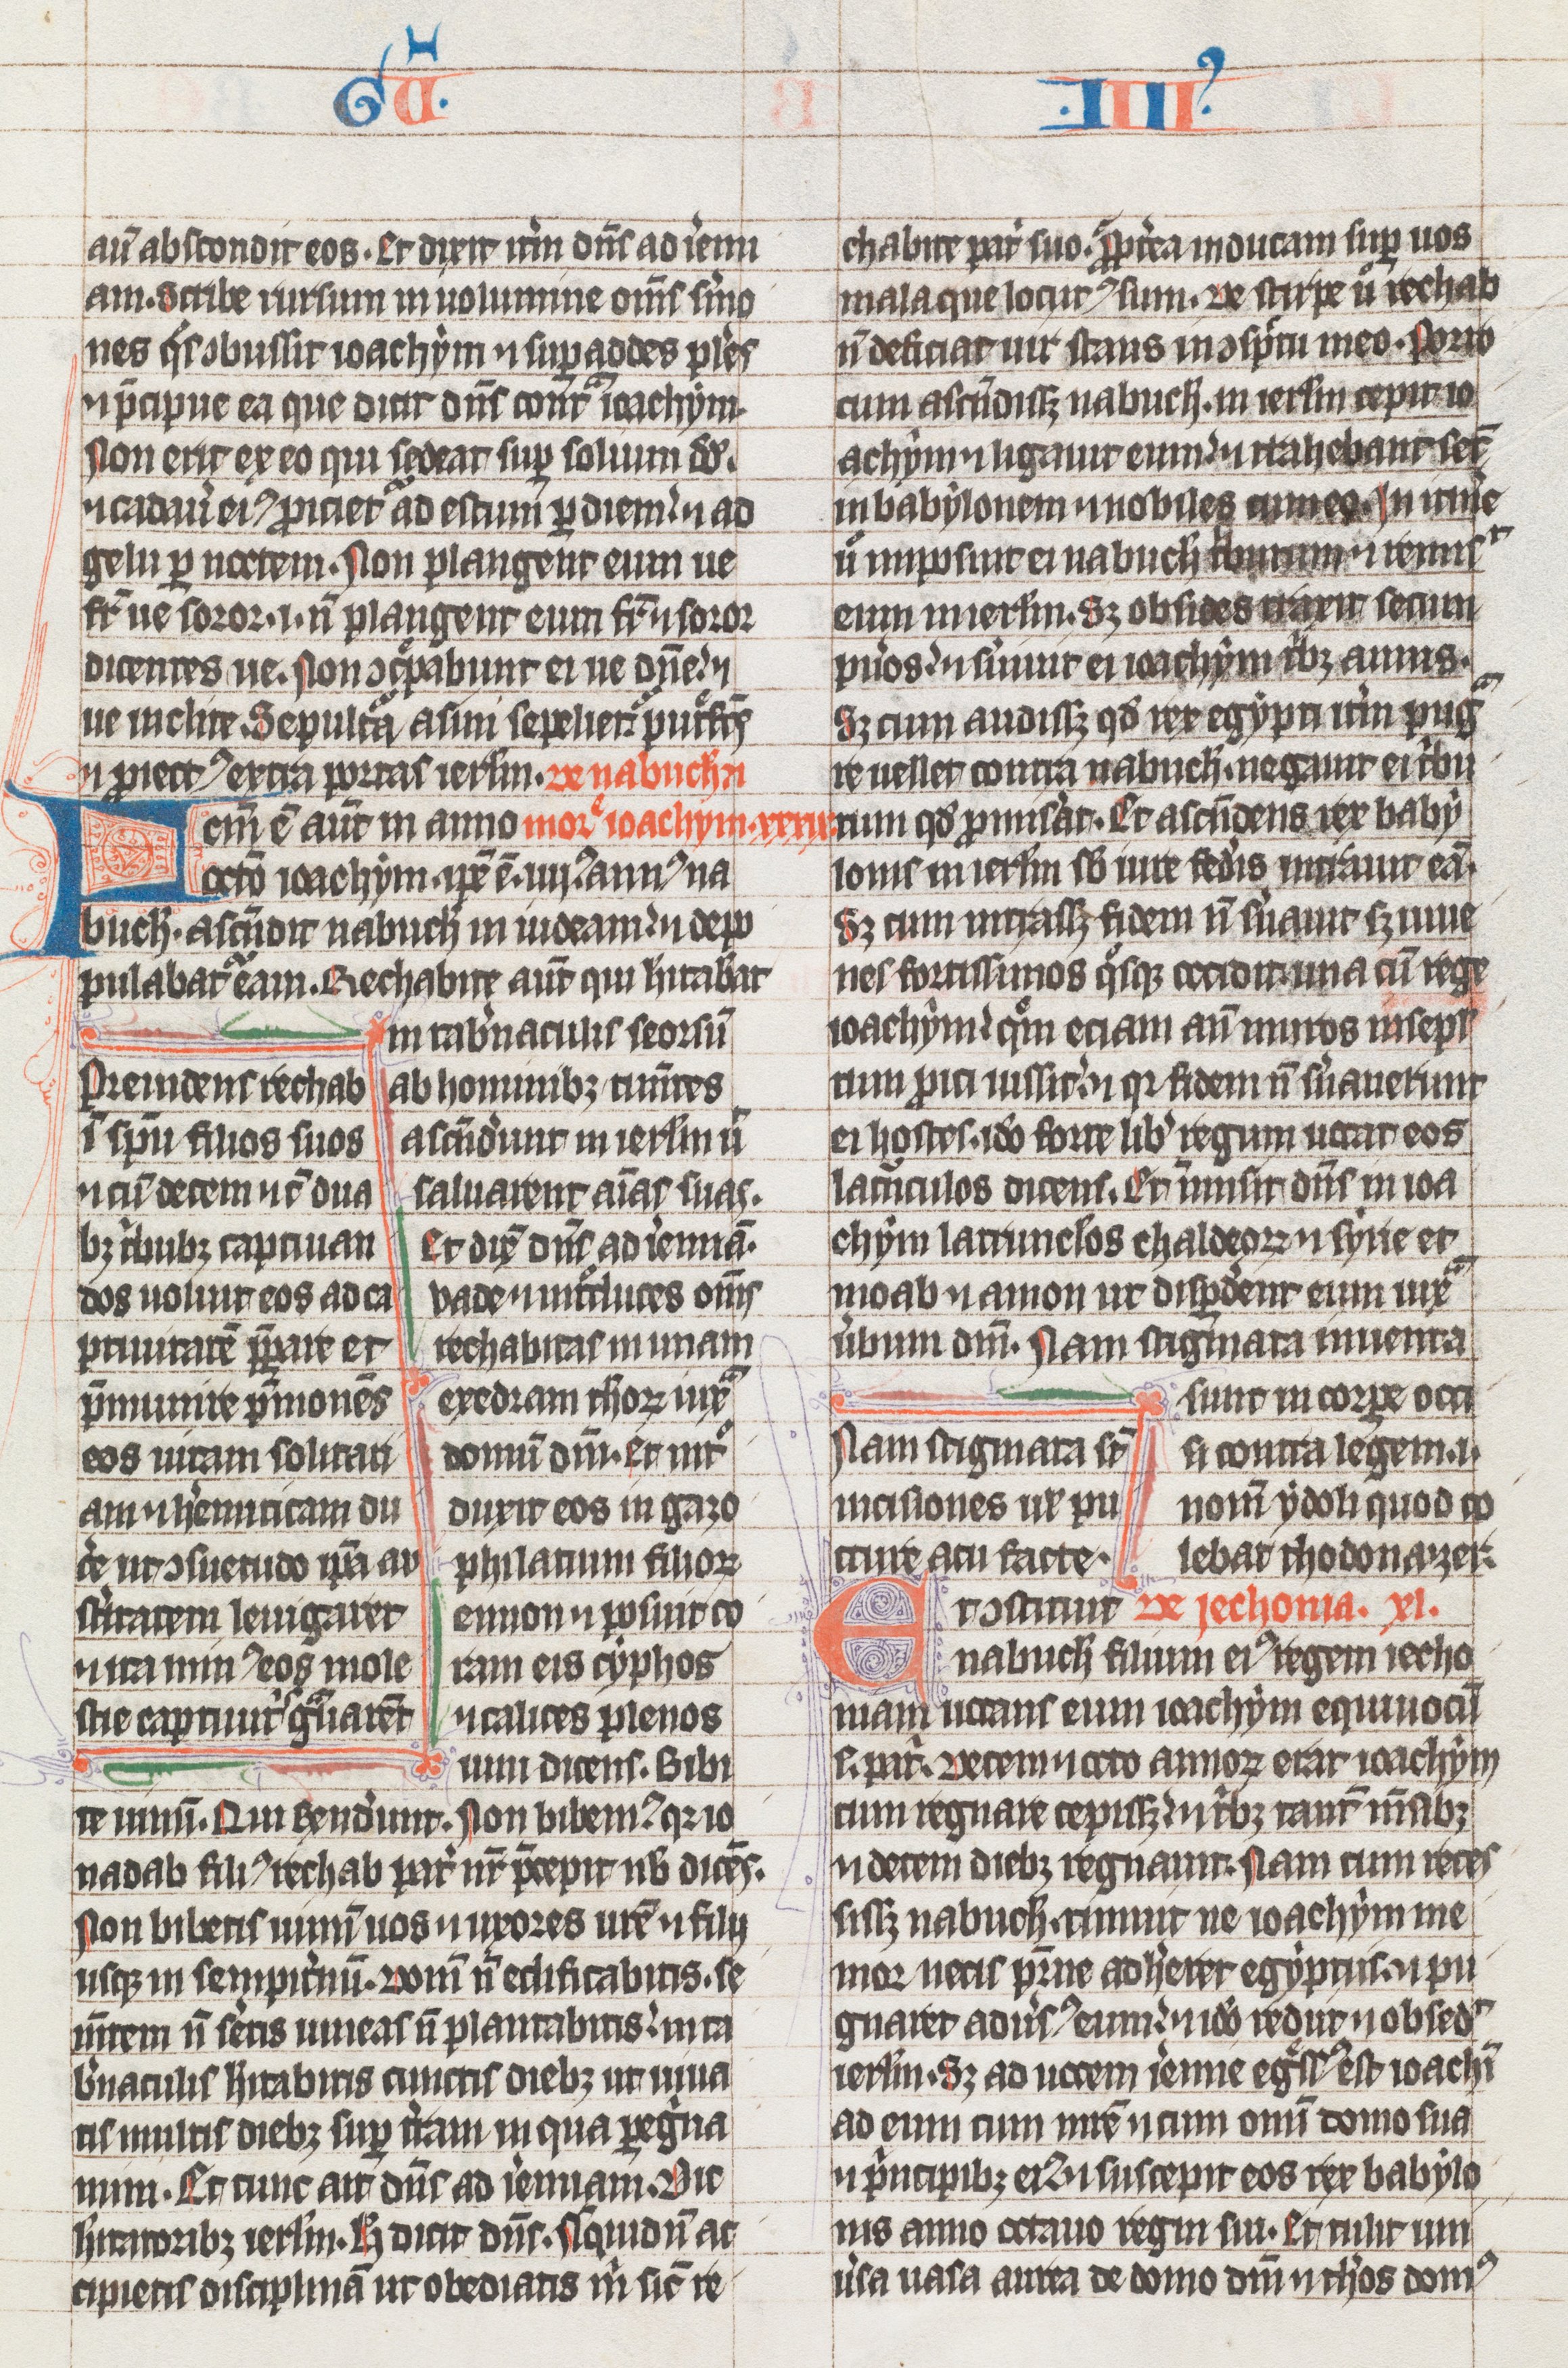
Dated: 1325–1349